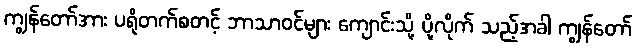
ကျွန်တော်အား ပရိုတက်စတင့် ဘာသာဝင်များ ကျောင်းသို့ ပို့လိုက် သည့်အခါ ကျွန်တော်